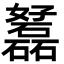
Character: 𡤟